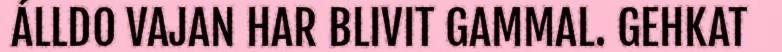
ÁLLDO VAJAN HAR BLIVIT GAMMAL. GEHKAT